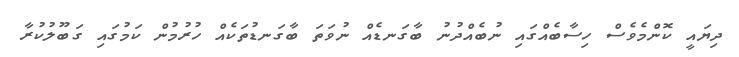
ދިޔައީ ކޮންމެވެސް ހިސާބެއްގައި ނުބެއްދުނު ބާގަނޑެއް ނުވަތަ ބާގަނޑުތަކެއް ހުރުމުން ކަމުގައި ގަބޫލުކުރާ